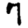
Digit: 7